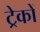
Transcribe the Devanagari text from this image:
ट्रेकों